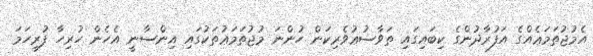
އެމުޖުތަމަޢެއްގެ އަފުރާދުންގެ ކިބައިގައި ތަވާޟުޢުވެރިކަން ހުންނަ މުޖުތަމަޢުތަކުގައި އިންސާނީ އެހެން ހުރިހާ ފުރިހަމަ